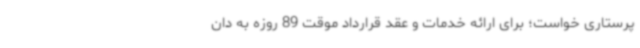
پرستاری خواست؛ برای ارائه خدمات و عقد قرارداد موقت 89 روزه به دان